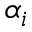
\alpha _ { i }